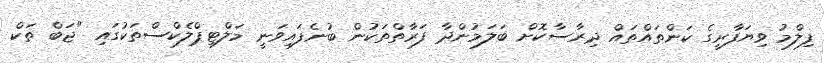
ފިލްމު ވިޔަފާރީގެ ކަންތައްތައް ދިރާސާކޮށް ބަލަމުންދާ ފަރާތްތަކުން ބުނެފައިވަނީ މަލްޓިޕްލެކްސްތަކުގައި "ޖަބް ތަކް